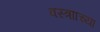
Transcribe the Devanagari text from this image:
वस्त्रााच्या